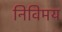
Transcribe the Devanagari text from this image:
निविमय